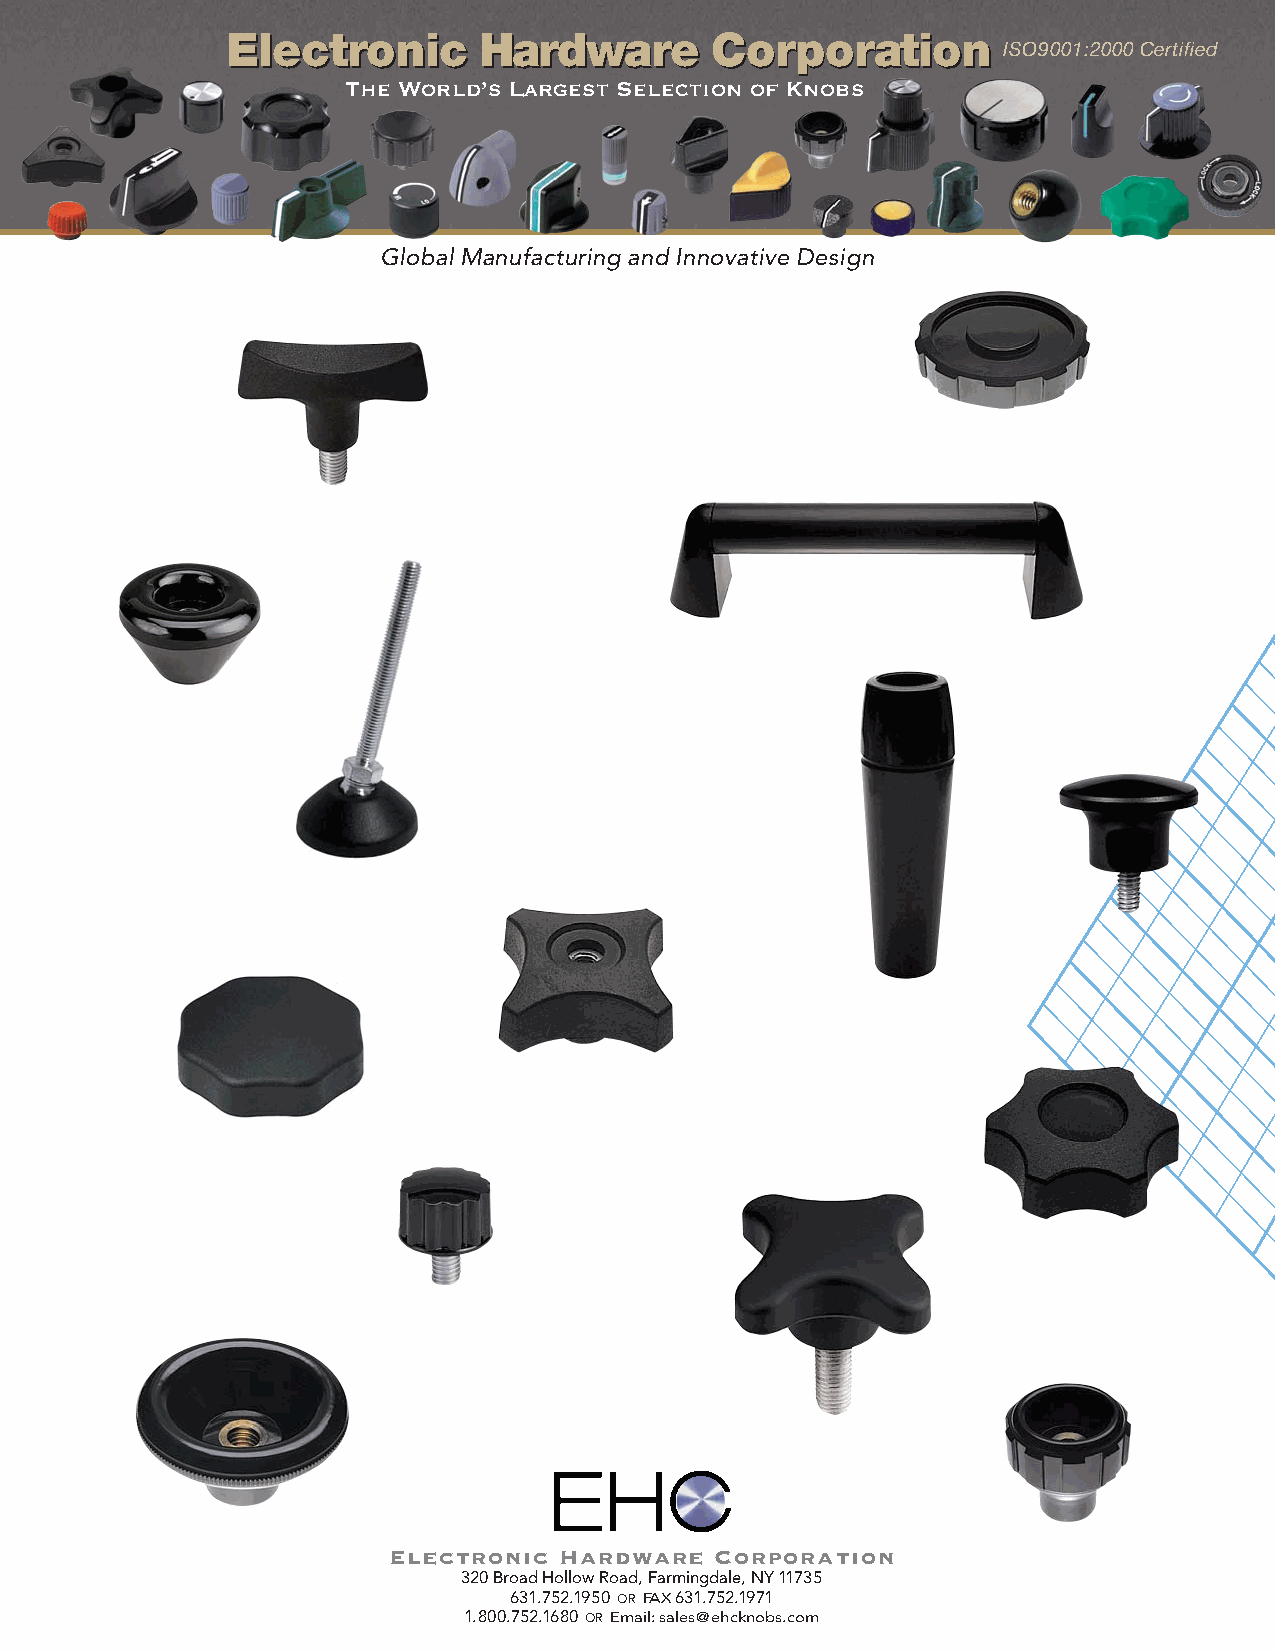
EElleeccttrroonniicc HHaarrddwwaarree CCoorrppoorraattiioonn
 ISO9001:2000 Certified
 The World’s Largest Selection of Knobs
 Global Manufacturing and Innovative Design
 Electronic Hardware  Corporation
 320 Broad Hollow Road, Farmingdale, NY11735
 631.752.1950 OR FAX631.752.1971
 1.800.752.1680 OR Email:sales@ehcknobs.com